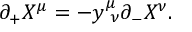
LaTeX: \partial _ { + } X ^ { \mu } = - y _ { ~ \nu } ^ { \mu } \partial _ { - } X ^ { \nu } .